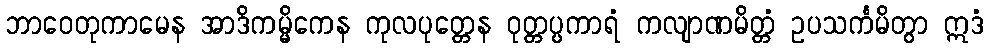
ဘာဝေတုကာမေန အာဒိကမ္မိကေန ကုလပုတ္တေန ဝုတ္တပ္ပကာရံ ကလျာဏမိတ္တံ ဥပသင်္ကမိတွာ ဣဒံ